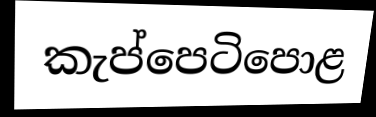
කැප්පෙටිපොළ